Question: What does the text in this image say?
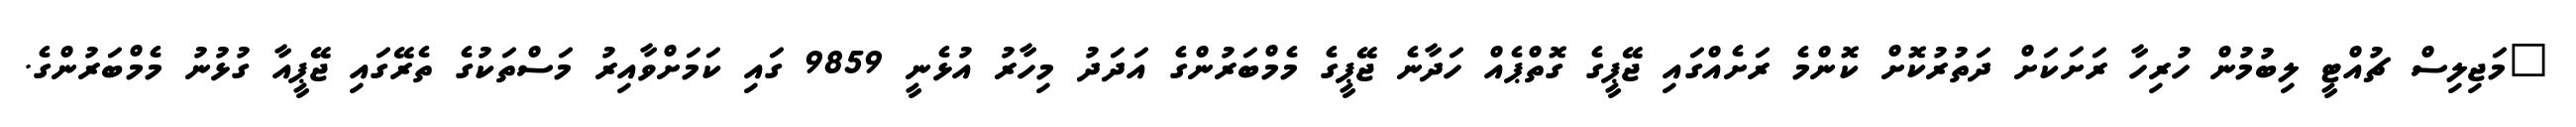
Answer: "މަޖިލިސް ޗުއްޓީ ލިބުމުން ހުރިހާ ރަށަކަށް ދަތުރުކޮށް ކޮންމެ ރަށެއްގައި ޖޭޕީގެ ގޮތްޕެއް ހަދާނެ ޖޭޕީގެ މެމްބަރުންގެ އަދަދު މިހާރު އުޅެނީ 9859 ގައި ކަމަށްވާއިރު މަސްތަކުގެ ތެރޭގައި ޖޭޕީއާ ގުޅުނު މެމްބަރުންގެ.